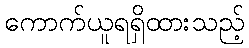
ကောက်ယူရရှိထားသည့်